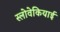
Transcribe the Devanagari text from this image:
स्लोवेकियाई